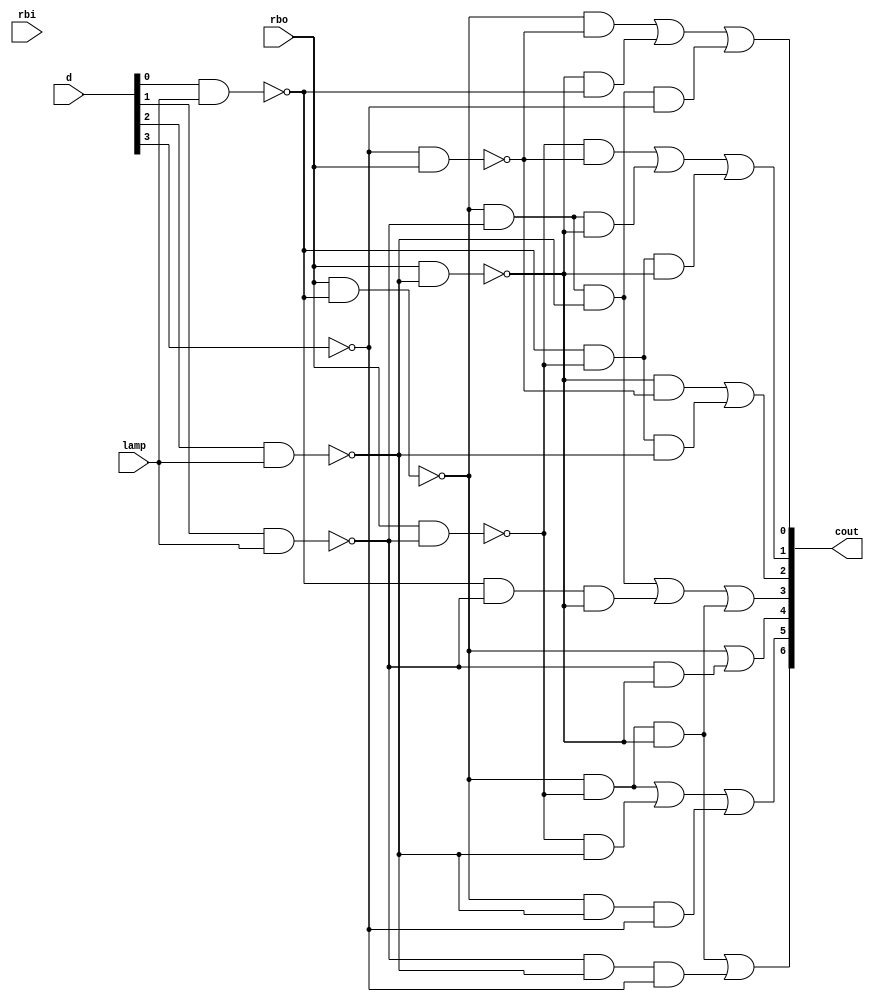
module gatedesign(
    input [3:0] d,
    input rbo,
    input lamp,
    input rbi,
    output [6:0] cout
    );
	 
wire a1;wire a2;wire a3;wire a4;wire a5;wire a6;
nand(a1,d[0],lamp);
nand(a2,d[1],lamp);
nand(a3,d[2],lamp);
not(a4,d[3]);
not(a6,rbi);

wire b1;wire b2;wire b3;wire b4;
nand(b1,rbo,a1);
nand(b2,rbo,a2);
nand(b3,rbo,a3);
nand(b4,a4,rbo);

wire c1;wire c2;wire c3;
and(c1,b1,b4);
and(c2,b3,a1);
and(c3,b1,a2,a3,a4);
wire c4;wire c5;wire c6;
and(c4,b2,b4);
and(c5,b1,a2,b3);
and(c6,a1,b2,b3);
wire c7;wire c8;
and(c7,b3,b4);
and(c8,a1,b2,a3);
wire c9;wire c10;wire c11;
and(c9,b1,a2,a3);
and(c10,a1,a2,b3);
and(c11,b1,b2,b3);
/*wire c12 = b1*/wire c13;
and(c13,a2,b3);
wire c14;wire c15;wire c16;
and(c14,b1,b2);
and(c15,b2,a3);
and(c16,b1,a3,a4);
wire c17;wire c18;
and(c17,b1,b2,b3);
and(c18,a2,a3,a4);

wire e1;wire e2;wire e3;wire e4;wire e5;wire e6;wire e7;
nor(e1,c1,c2,c3);
nor(e2,c4,c5,c6);
nor(e3,c7,c8);
nor(e4,c9,c10,c11);
nor(e5,b1,c13);
nor(e6,c14,c15,c16);
nor(e7,c17,c18);

not(cout[0],e1);
not(cout[1],e2);
not(cout[2],e3);
not(cout[3],e4);
not(cout[4],e5);
not(cout[5],e6);
not(cout[6],e7);

endmodule